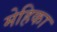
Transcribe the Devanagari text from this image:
मेहिका